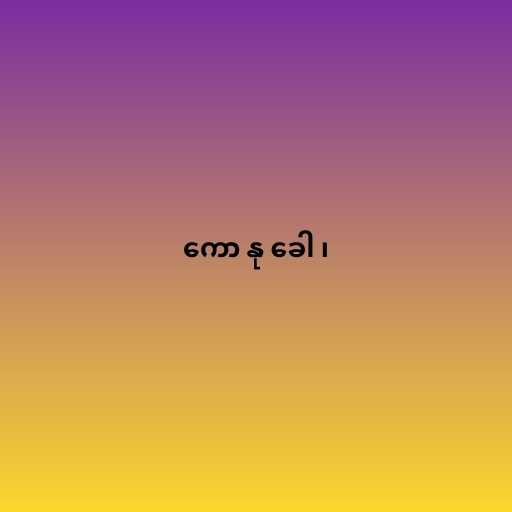
ကော နု ခေါ ၊